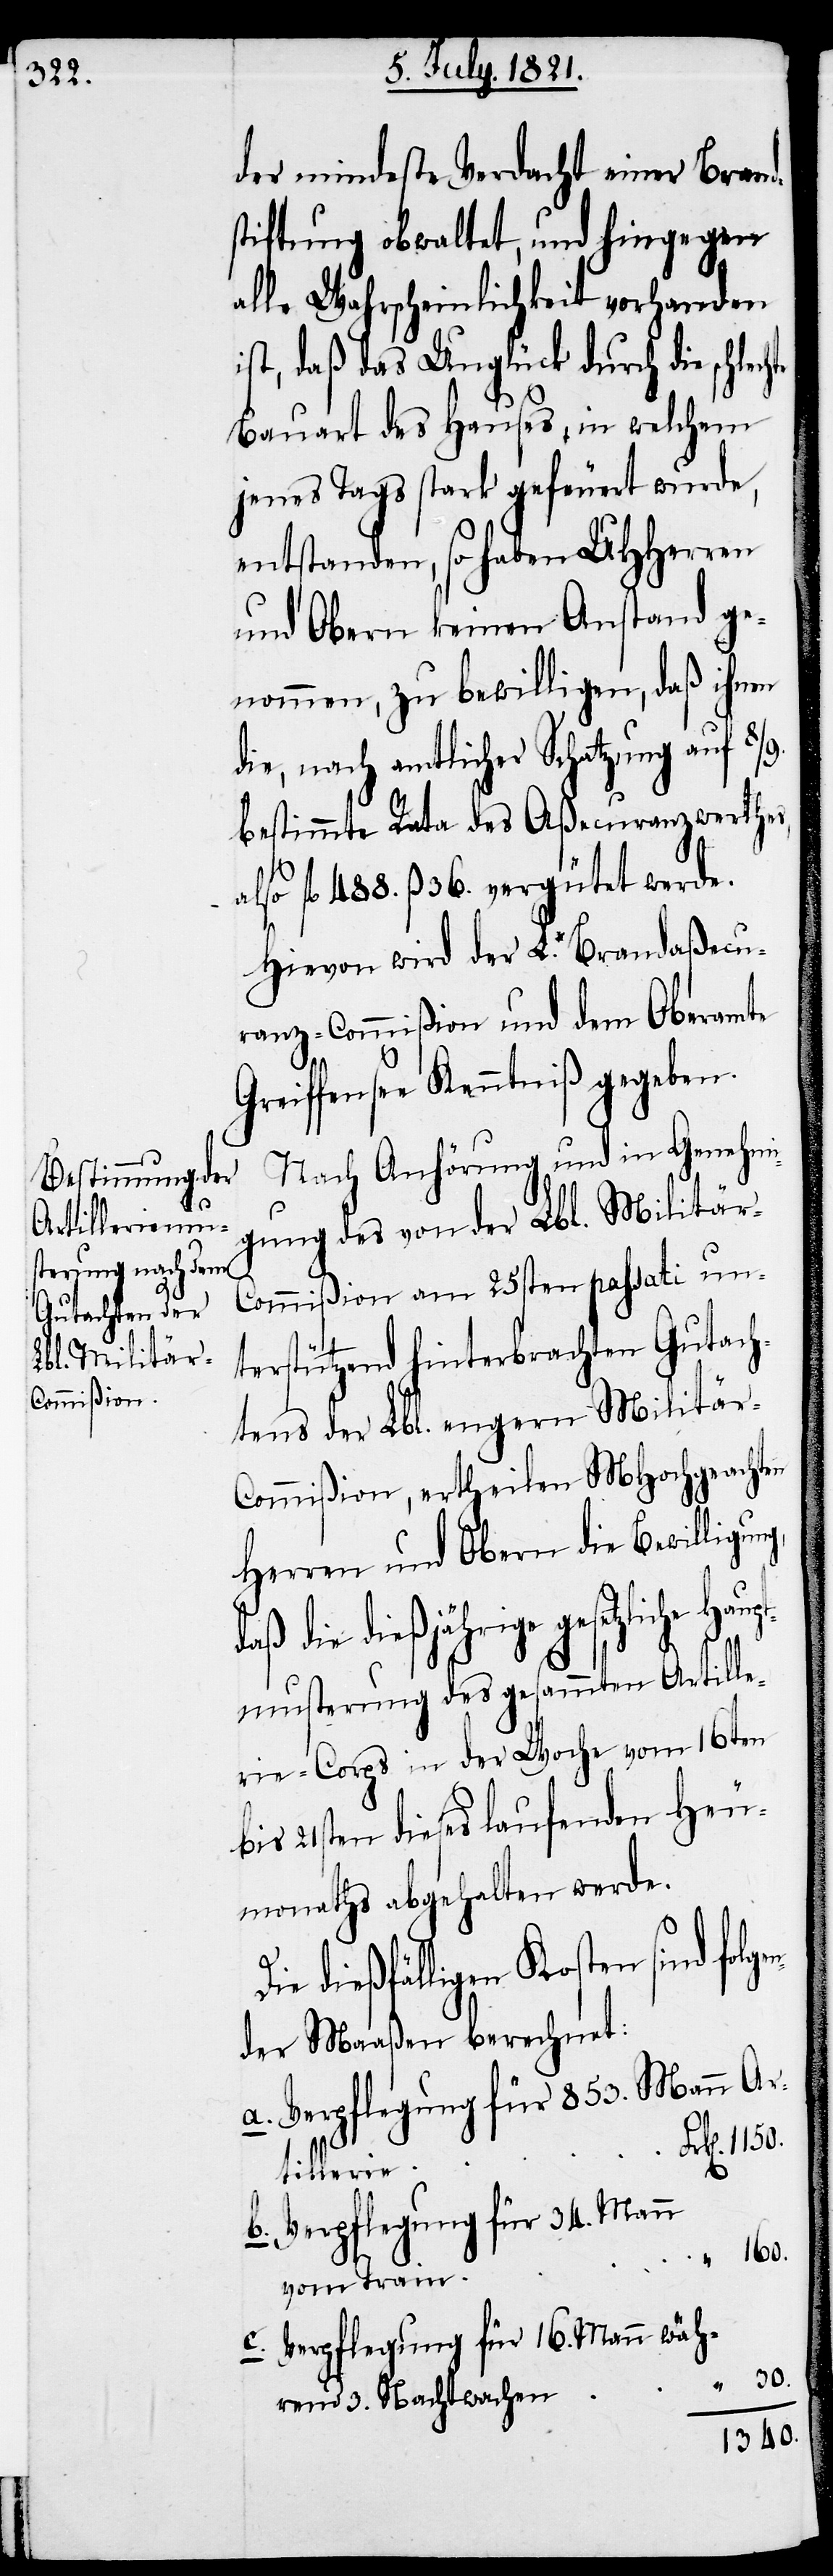
tillerie

der mindeste Verdacht einer Brand¬
stiftung obwaltet, und hingegen
alle Wahrscheinlichkeit vorhanden
ist, daß das Unglück durch die
Bauart des Hauses, in welchem
jenes Tags stark gefeuert wurde,
entstanden, so haben UHHerren
und Obern keinen Anstand ge¬
nommen, zu bewilligen, daß ihnen
die, nach amtlicher Schatzung auf 8/9.
bestimmte Rata des Aßecuranzwerthes,
fl. 488. ß. 36. vergütet werde.
Hievon wird der L. Brandaßecu¬
ranz-Commißion und dem Oberamte
Greiffensee Kenntniß gegeben.
Nach Anhörung und in Genehmi¬
gung des von der Lbl. Militär-C¬
ommißion am 25sten passati un¬
terstützend hinterbrachten Gutach¬
tens der Lbl. engern Militär-C¬
ommißion, ertheilen MHochgeachten
Herren und Obern die Bewilligun¬
die dießjährige gesetzliche Ha¬
uptmusterung des gesammten Artille¬
rie-Corps in der Woche vom 16ten
bis 21sten dieses laufenden He¬
umonaths abgehalten werde.
dießfälligen Kosten sind folge¬
nder Maaßen berechnet:
Verpflegung für 853. Mann Ar¬
Verpflegung für 34. Mann
160.
g,
vom Train
Verpflegung für 16. Mann wäh¬
30.
rend 3. Nachtwachen